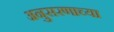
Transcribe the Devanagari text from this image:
अनुसरणाच्या